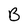
Character: B